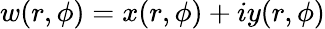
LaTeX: w(r,\phi)=x(r,\phi)+iy(r,\phi)